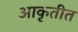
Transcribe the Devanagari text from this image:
आकृतीत